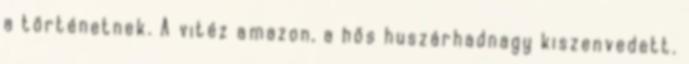
a történetnek. A vitéz amazon, a hős huszárhadnagy kiszenvedett.